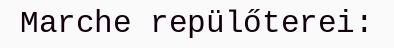
Marche repülőterei: